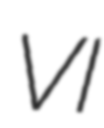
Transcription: VI